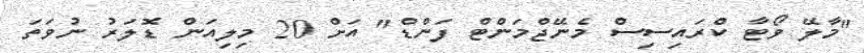
"މާލޭ ވޯޓާ ކްރައިސިސް މެނޭޖްމަންޓް ފަންޑް" އަށް 20 މިލިއަން ޑޮލަރު ނުވަތަ